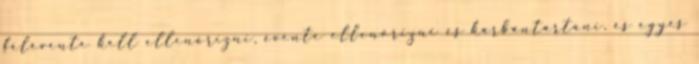
félévente kell ellenõrizni, évente ellenõrizni és karbantartani, és egyes